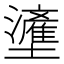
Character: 𱘙